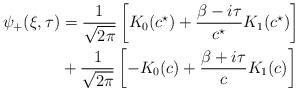
\begin{align*}\psi_{+}(\xi, \tau) & = \frac{1}{\sqrt{2\pi}}\left[K_{0}(c^{\star}) + \frac{\beta-i\tau}{c^{\star}} K_{1}(c^{\star}) \right] \\& + \frac{1}{\sqrt{2\pi}}\left[- K_{0}(c) + \frac{\beta+i\tau}{c} K_{1}(c) \right]\end{align*}